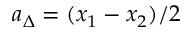
a _ { \Delta } = ( x _ { 1 } - x _ { 2 } ) / 2